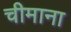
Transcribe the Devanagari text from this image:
चीमाना